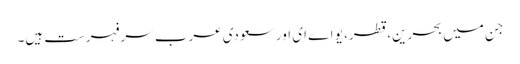
جن میں بحرین، قطر، یو اے ای اور سعودی عرب سرفہرست ہیں۔